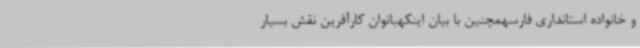
و خانواده استانداری فارسهمچنین با بیان اینکهبانوان کارآفرین نقش بسیار